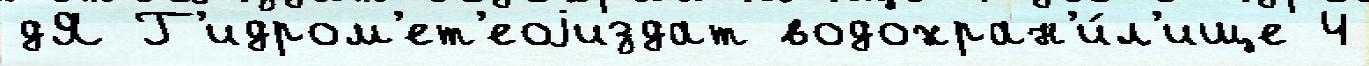
дЯ Г'идром'ет'еоjиздат водохран'и́л'ище 4